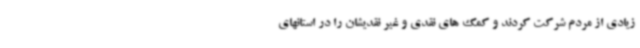
زیادی از مردم شرکت کردند و کمک های نقدی و غیر نقدیشان را در استانهای